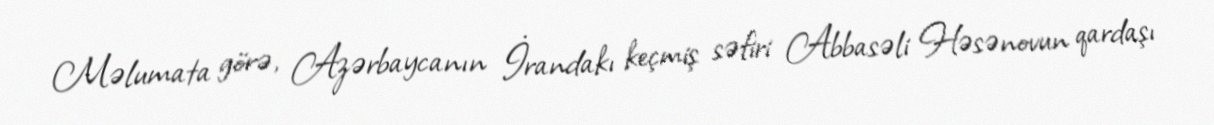
Məlumata görə, Azərbaycanın İrandakı keçmiş səfiri Abbasəli Həsənovun qardaşı